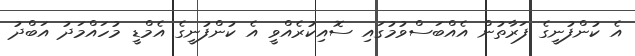
އެ ކުންފުނީގެ ފަރާތުން އެއްބަސްވުމުގައި ސޮއިކުރެއްވީ އެ ކުންފުނީގެ އެމްޑީ މުހައްމަދު އަބްދު